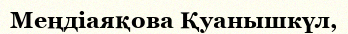
Меңдіаяқова Қуанышкүл,